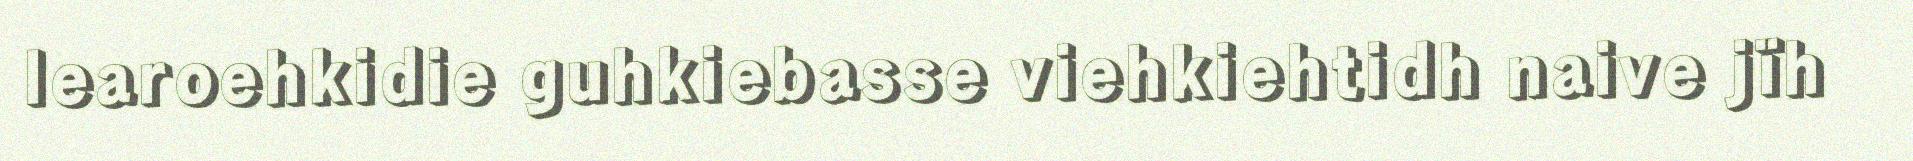
learoehkidie guhkiebasse viehkiehtidh naive jïh